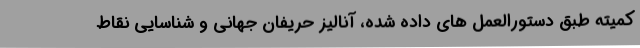
کمیته طبق دستورالعمل های داده شده، آنالیز حریفان جهانی و شناسایی نقاط